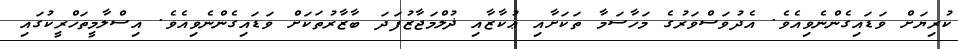
ކުރިޔަށް ވަޑައިގެންނެވިއެވެ. އެދުވަސްވަރުގެ މަހާސަމާ ތަކަށާއި ޢުކާޒާއި ޛުލްމަޖާޒުފަދަ ބާޒާރުތަކަށް ވަޑައިގެންނެވިއެވެ. އިސްލާމީތަހްރީކުގައި